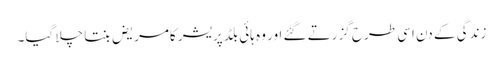
زندگی کے دن اسی طرح گزرتے گئے اور وہ ہائی بلڈ پریشر کامریض بنتا چلا گیا۔